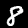
Label: 8